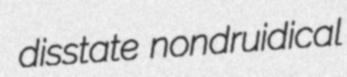
disstate nondruidical